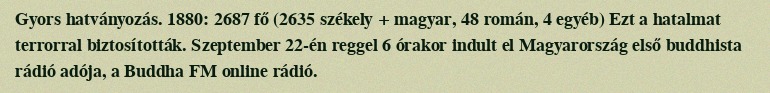
Gyors hatványozás. 1880: 2687 fő (2635 székely + magyar, 48 román, 4 egyéb) Ezt a hatalmat terrorral biztosították. Szeptember 22-én reggel 6 órakor indult el Magyarország első buddhista rádió adója, a Buddha FM online rádió.